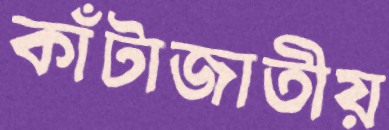
কাঁটাজাতীয়